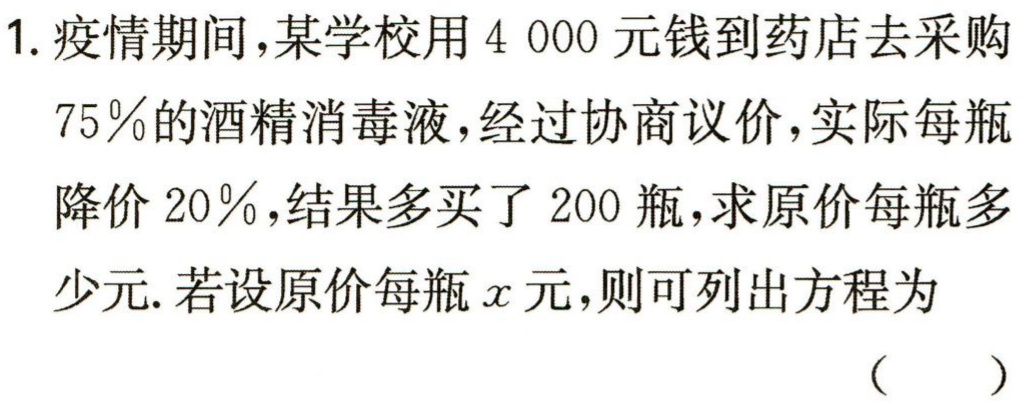
1. 疫情期间，某学校用$4 000$元钱到药店去采购$75\%$的酒精消毒液，经过协商议价，实际每瓶降价$20\%$，结果多买了$200$瓶，求原价每瓶多少元. 若设原价每瓶$x$元，则可列出方程为

（  ）